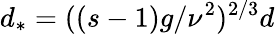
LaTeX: d_{*}=((s-1)g/\nu^{2})^{2/3}d